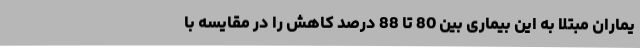
یماران مبتلا به این بیماری بین 80 تا 88 درصد کاهش را در مقایسه با